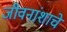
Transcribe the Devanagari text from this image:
जीवनांशाचे